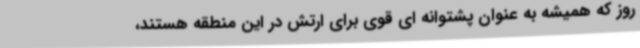
روز که همیشه به عنوان پشتوانه ای قوی برای ارتش در این منطقه هستند،